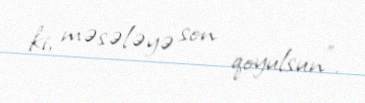
ki, məsələyə son qoyulsun”.